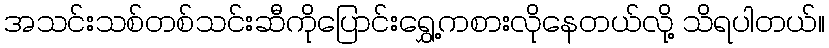
အသင်းသစ်တစ်သင်းဆီကိုပြောင်းရွှေ့ကစားလိုနေတယ်လို့ သိရပါတယ်။